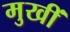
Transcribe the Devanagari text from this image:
मुखीं